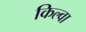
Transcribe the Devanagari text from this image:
किल्वा